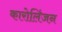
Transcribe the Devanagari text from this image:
कारोलिंजन